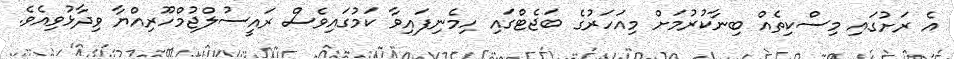
އެ ރަށުގައި މިސްކިތެއް ބިނާކުރުމަށް މިއަހަރުގެ ބަޖެޓްގައި ހިމެނިފައިވާ ކަމުގައިވެސް ރައީސުލްޖުމްހޫރިއްޔާ ވިދާޅުވިއެވެ.